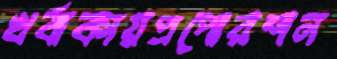
খর্বাকায়প্রপোরশন